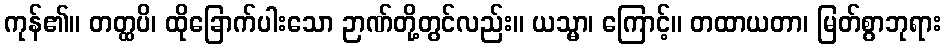
ကုန်၏။ တတ္ထပိ၊ ထိုခြောက်ပါးသော ဉာဏ်တို့တွင်လည်း။ ယသ္မာ၊ ကြောင့်။ တထာယတာ၊ မြတ်စွာဘုရား